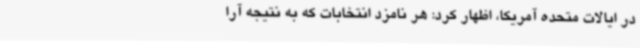
در ایالات متحده آمریکا، اظهار کرد: هر نامزد انتخابات که به نتیجه آرا